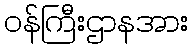
ဝန်ကြီးဌာနအား